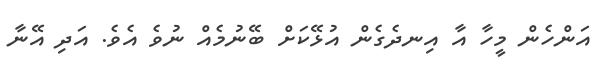
އަންހެން މީހާ އާ އިނދެގެން އުޅޭކަށް ބޭނުމެއް ނުވެ އެވެ. އަދި އޭނާ